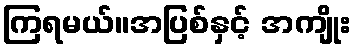
ကြရမယ်။အပြစ်နှင့် အကျိုး